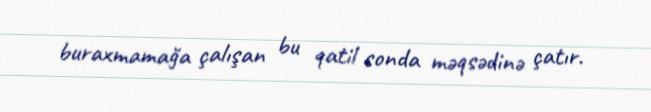
buraxmamağa çalışan bu qatil sonda məqsədinə çatır.